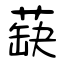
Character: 蒛